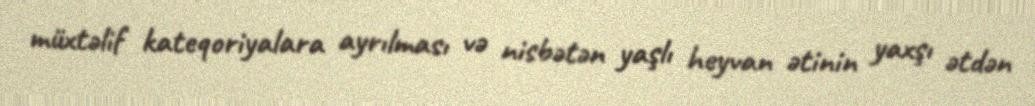
müxtəlif kateqoriyalara ayrılması və nisbətən yaşlı heyvan ətinin yaxşı ətdən